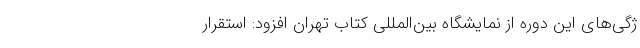
ژگی‌های این دوره از نمایشگاه بین‌المللی کتاب تهران افزود: استقرار